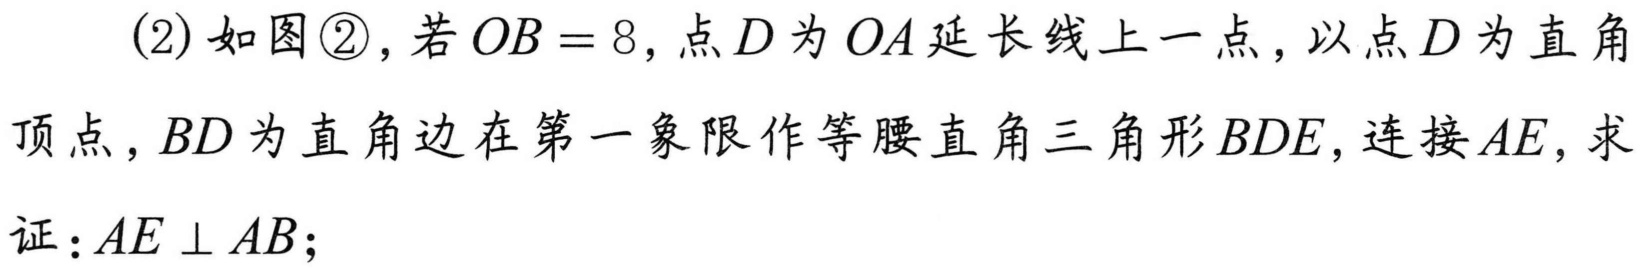
(2) 如图\textcircled{2}，若\(OB = 8\)，点\(D\)为\(OA\)延长线上一点，以点\(D\)为直角顶点，\(BD\)为直角边在第一象限作等腰直角三角形\(BDE\)，连接\(AE\)，求证：\(AE\perp AB\)；